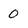
Character: 0